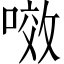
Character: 𭉲